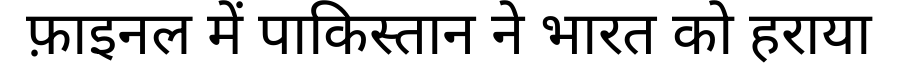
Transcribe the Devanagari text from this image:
फ़ाइनल में पाकिस्तान ने भारत को हराया